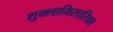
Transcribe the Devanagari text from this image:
शुक्लाभिसारिका